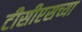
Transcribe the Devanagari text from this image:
टीसीएसच्या